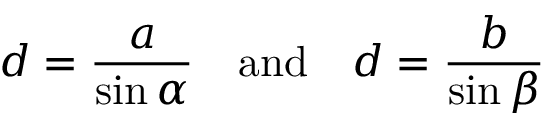
d = { \frac { a } { \sin \alpha } } \quad { \mathrm { a n d } } \quad d = { \frac { b } { \sin \beta } }